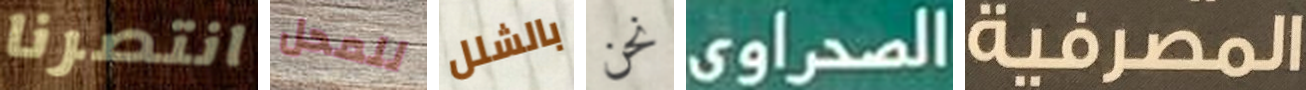
انتصرنا للمحل بالشلل نحن الصحراوي المصرفية